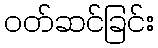
ဝတ်ဆင်ခြင်း